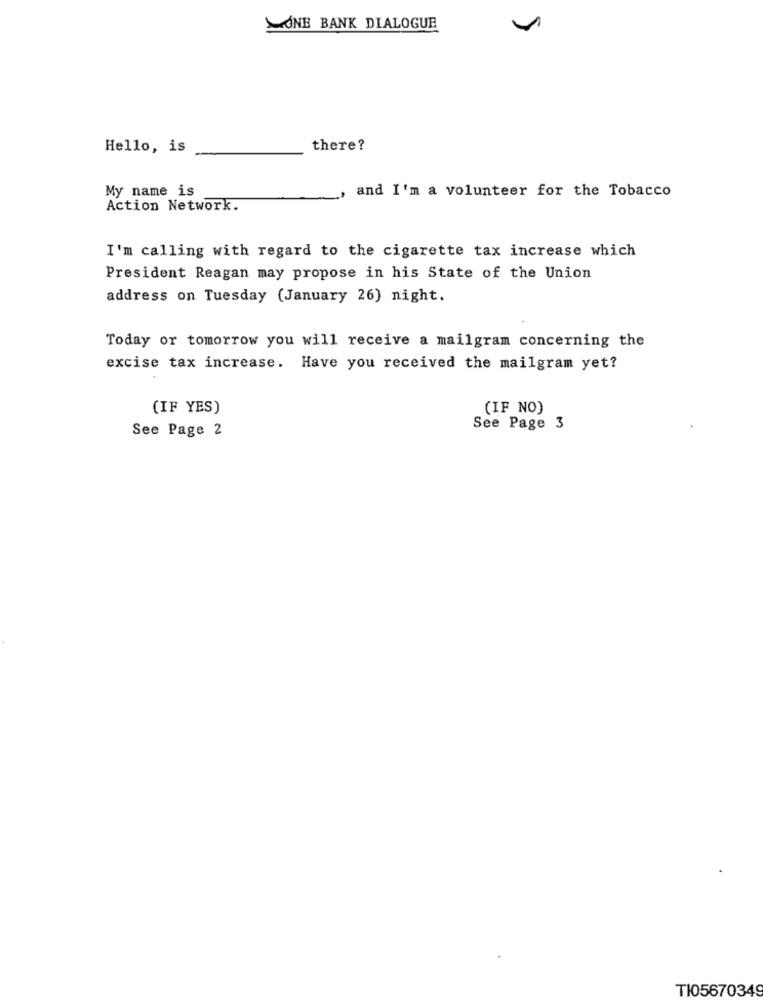
ONE BANK DIALOGUE
Hello, is
there?
My name is
and I'm a volunteer for the Tobacco
Action Network.
I'm calling with regard to the cigarette tax increase which
President Reagan may propose in his State of the Union
address on Tuesday (January 26) night.
Today or tomorrow you will receive a mailgram concerning the
excise tax increase. Have you received the mailgram yet?
(IF YES)
(IF NO)
See Page 2
See Page 3
TI05670349